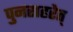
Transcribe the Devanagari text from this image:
पुनराहरेत्